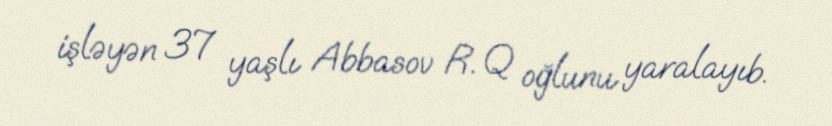
işləyən 37 yaşlı Abbasov R. Q oğlunu yaralayıb.